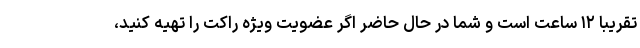
تقریبا ۱۲ ساعت است و شما در حال حاضر اگر عضویت ویژه راکت را تهیه کنید،